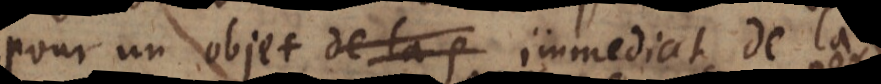
pour un objet immediat de la